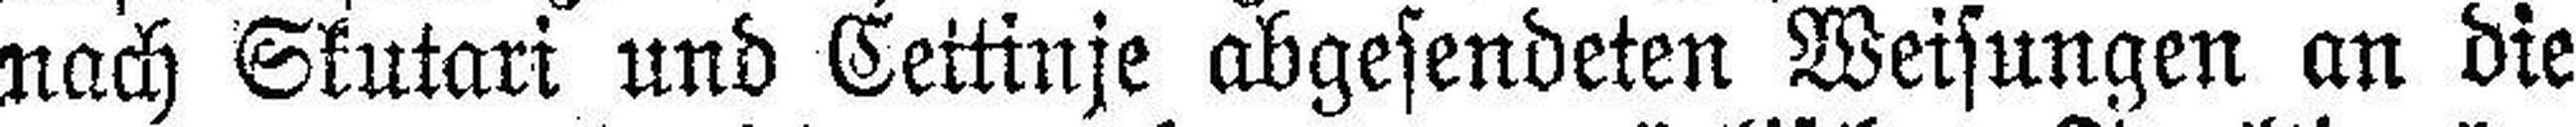
nach Skutari und Cettinje abgesendeten Weisungen an die